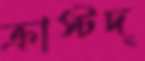
ক্রাস্টদ্